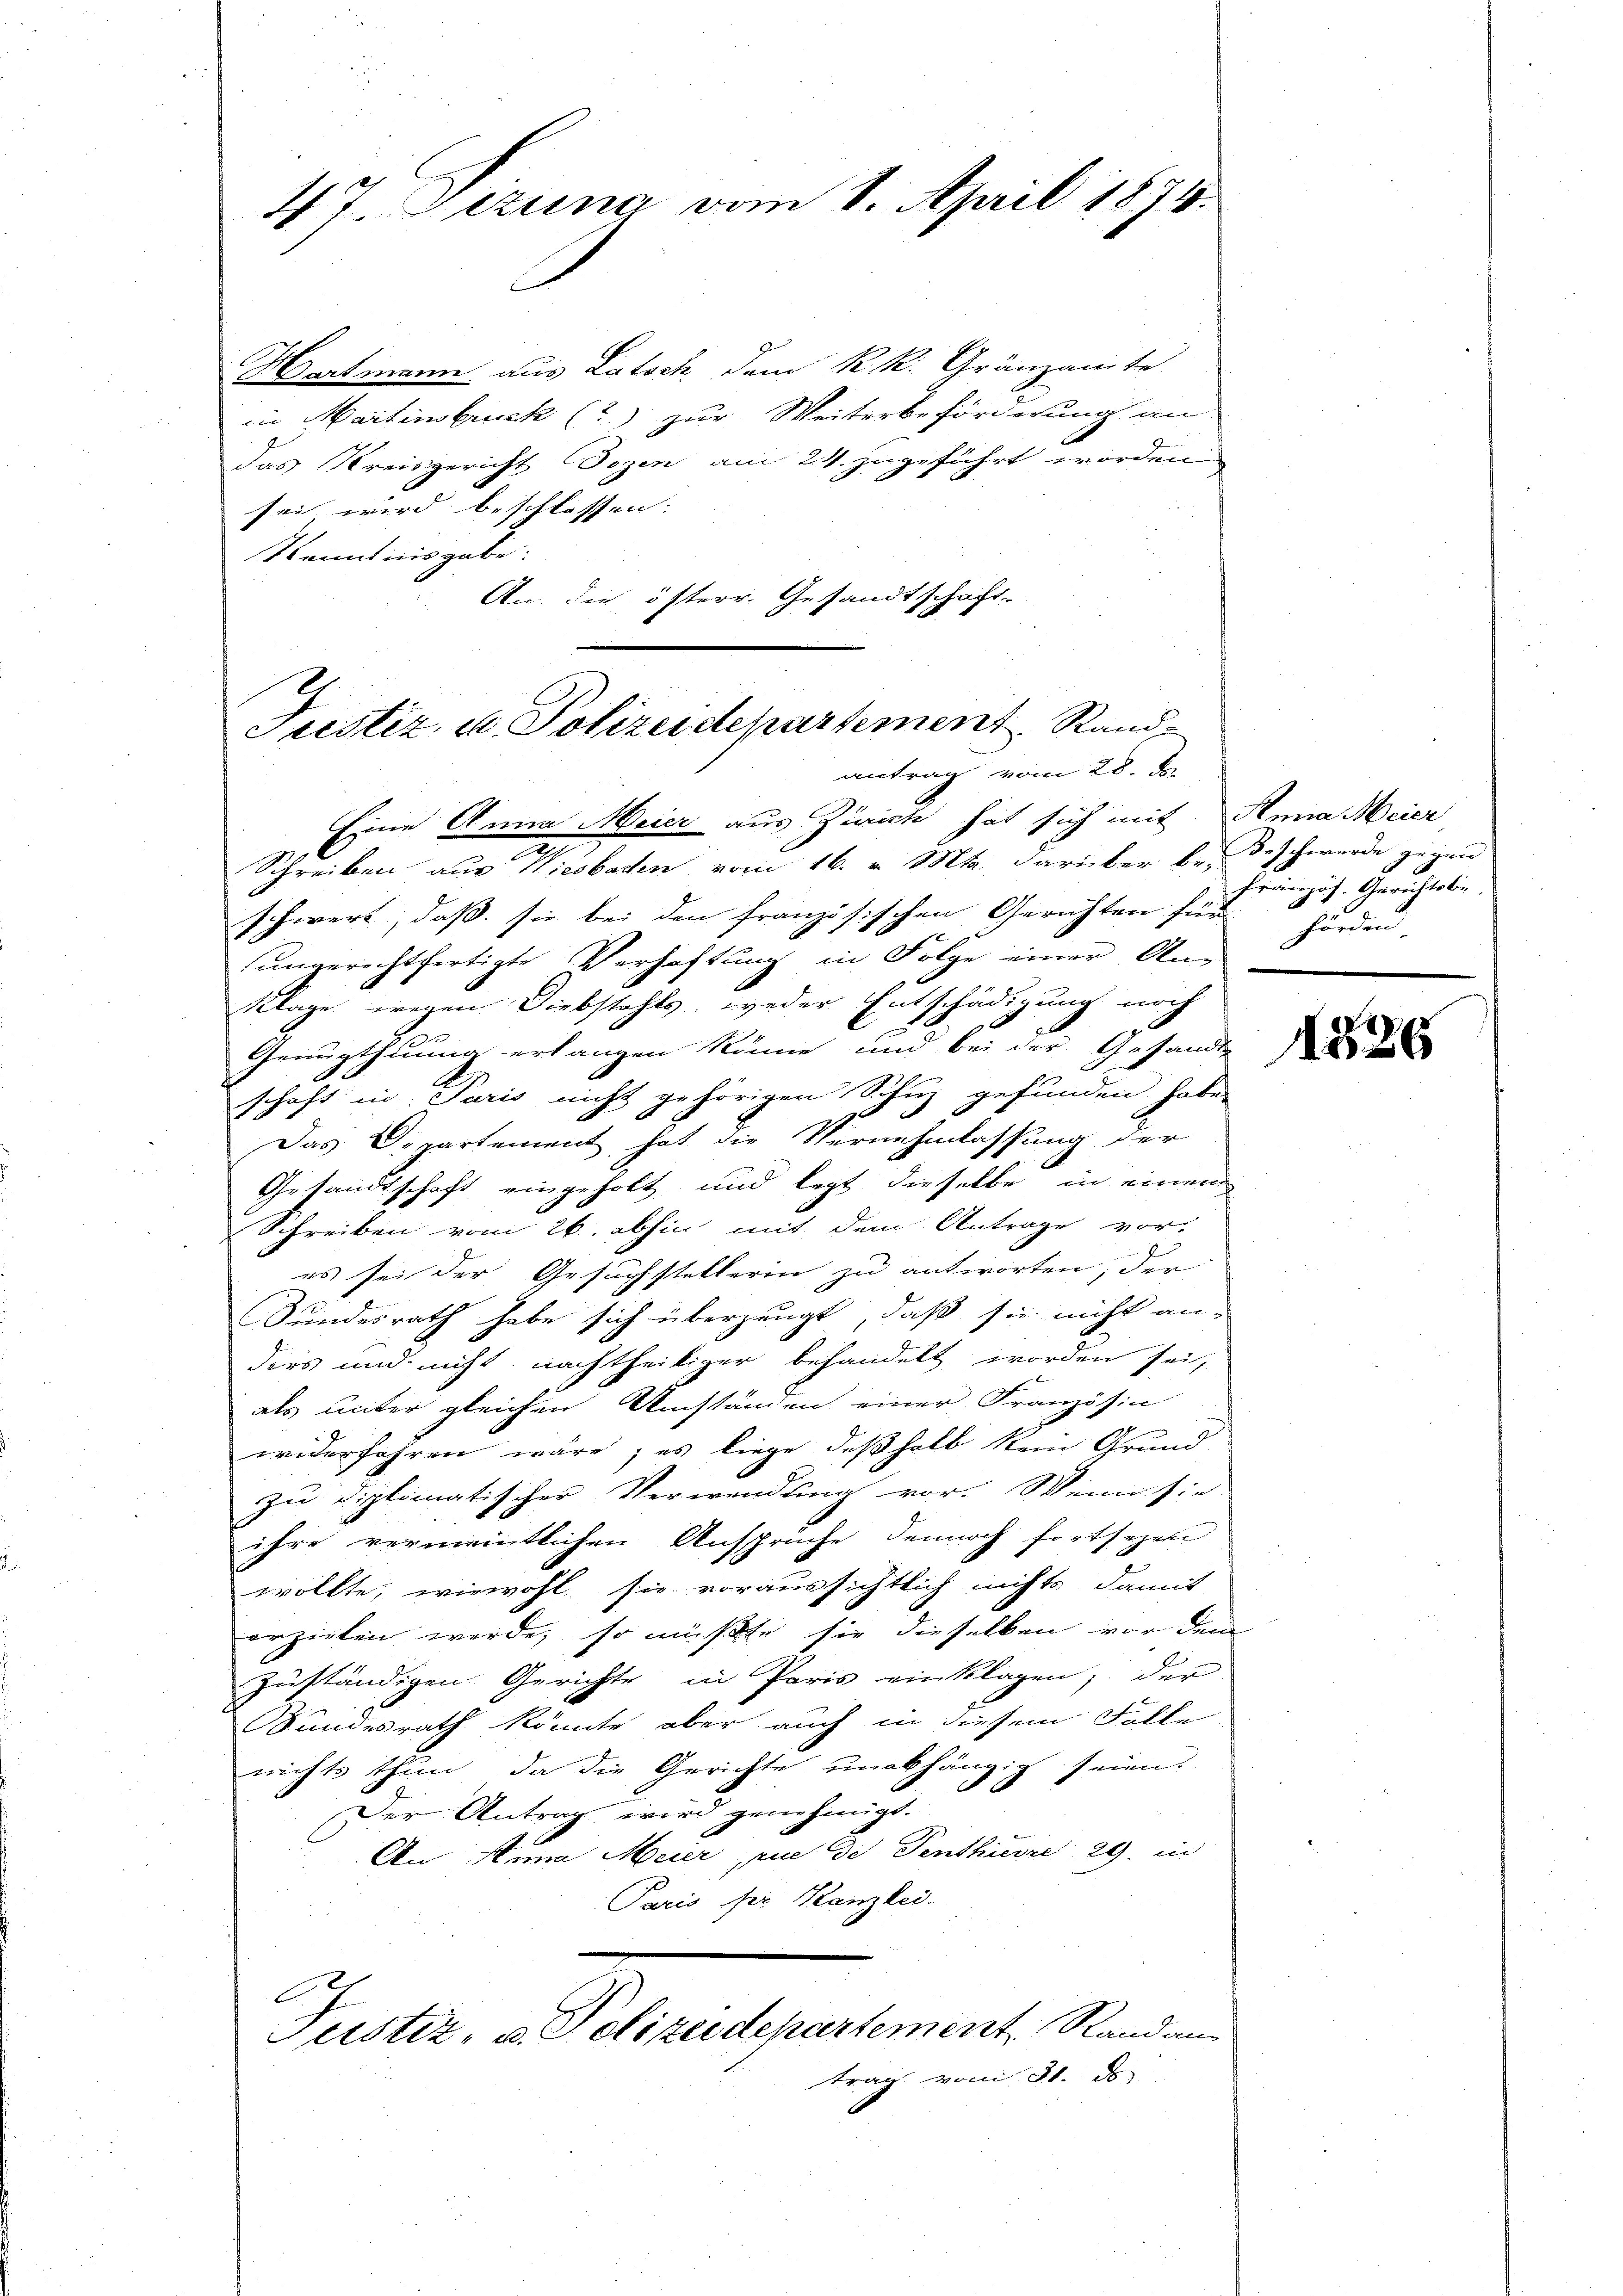
Hartmann aus Latsch, dem K. R. Gränzamte
in Martinbruck (?) zur Weiterbeförderung an
das Kreisgericht Dozen am 24. zugeführt worden
sei wird beschlossen. |
Kenntnisgabe.
An die österr. Gesandtschaft-

47. Sizung vom 1. April 1874.

Justiz, u. Polizeidepartement Rand
antrag vom 28. d.

Eine Anna Meier aus Zürich hat sich mit Anna Meier
Schreiben aus Wiesbaden vom 16. v. Mts. darüber bei Beschwerde gegen
schwert, dass sie bei den französischen Gerichten für Forden.
sungerechtfertigte Verhaftung in Folge einer An-
Klage wegen Diebstahls, weder Entschädigung noch
2
Genugthuung erlangen könne, und bei der Gesandten
schaft in Paris nicht gehörigen Schuz gefunden habe.
Das Departement hat die Vernehmlassung der
Gesandtschaft eingeholt und legt dieselbe in einem
Schreiben vom 26. abhin mit dem Antrage vores sei der Gesuchstellerin zu antworten, der
Sundesrath habe sich überzeugt, daß sie nicht an-
ders und nicht nachtheiliger behandelt worden sei,
als unter gleichen Umständen einer Französin
widerfahren wäre, es liege deßhalb kein Grund
zu diplomatischer Verwendung vor. Wenn sie
ihre vermeintlichen Ansprüche dennoch fortsetzen
wollte, wiewohl sie voraussichtlich nichts damit
erzielen werde, so müßte sie dieselben vor dem
zuständigen Gerichte in Paris einklagen; der
Sundesrath könnte aber auch in diesem Falle
nichts thun, da die Gerichte unabhängig seien.
x
Der Antrag wird genehmigt.
An Anna Meier, rue de Penthierze 29. in
Paris der Kanzlei.
C.
Justiz- u. Polizeidepartement Rand an
trag vom 21. d

französ. Gerichtsbe

1526